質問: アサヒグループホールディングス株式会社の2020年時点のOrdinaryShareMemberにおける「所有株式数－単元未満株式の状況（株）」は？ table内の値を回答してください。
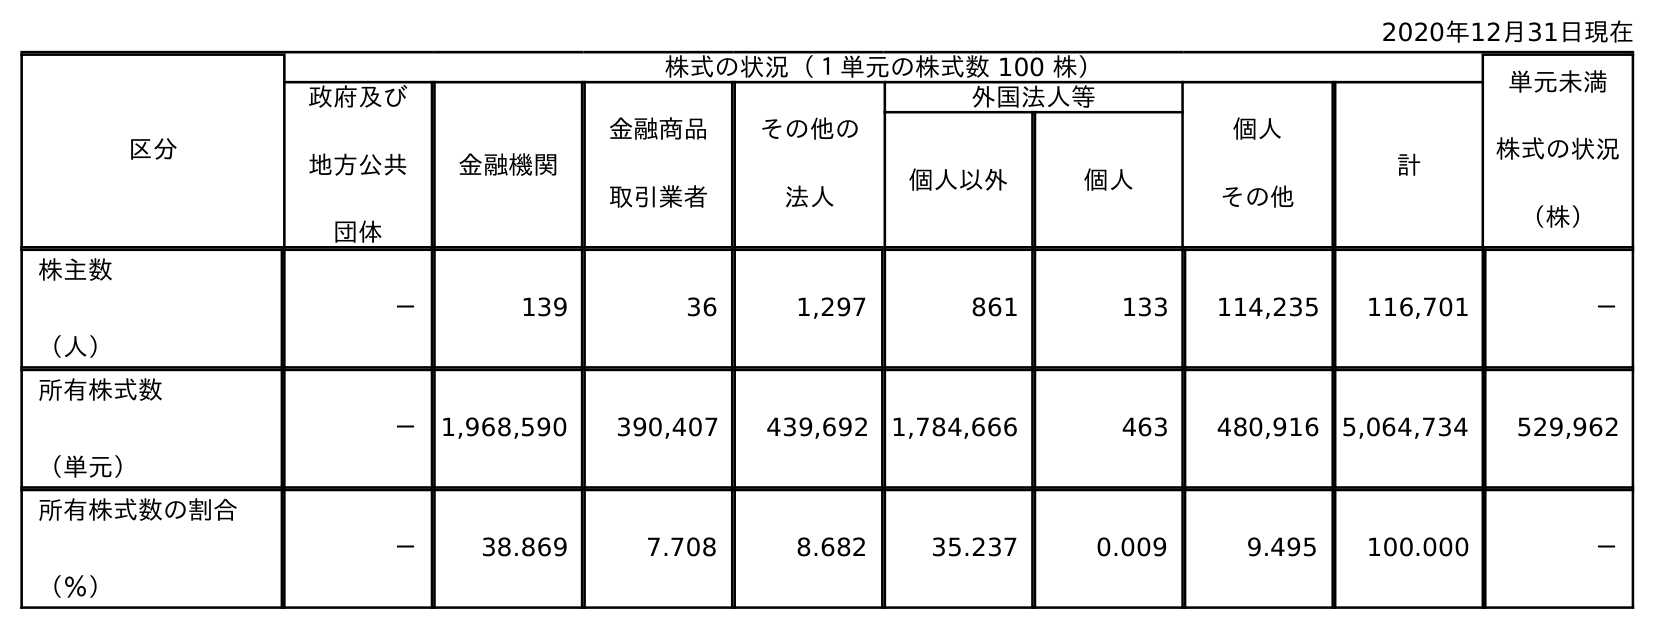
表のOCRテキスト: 2020年12月31日現在 区分 株式の状況（１単元の株式数 100 株） 単元未満 株式の状況 （株） 政府及び 地方公共 団体 金融機関 金融商品 取引業者 その他の 法人 外国法人等 個人 その他 計 個人以外 個人 株主数 （人） － 139 36 1,297 861 133 114,235 116,701 － 所有株式数 （単元） － 1,968,590 390,407 439,692 1,784,666 463 480,916 5,064,734 529,962 所有株式数の割合 （％） － 38.869 7.708 8.682 35.237 0.009 9.495 100.000 －
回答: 529,962